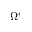
\Omega ^ { * }